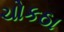
ચોકઠા